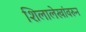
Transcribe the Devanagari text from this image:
शिलालेखांवरुन